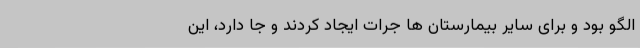
الگو بود و برای سایر بیمارستان ها جرات ایجاد کردند و جا دارد، این